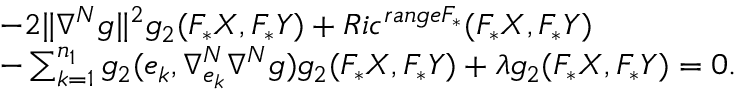
\begin{array} { l l } { - 2 \| \nabla ^ { N } g \| ^ { 2 } g _ { 2 } ( F _ { \ast } X , F _ { \ast } Y ) + R i c ^ { r a n g e F _ { \ast } } ( F _ { \ast } X , F _ { \ast } Y ) } \\ { - \sum _ { k = 1 } ^ { n _ { 1 } } g _ { 2 } ( e _ { k } , \nabla _ { e _ { k } } ^ { N } \nabla ^ { N } g ) g _ { 2 } ( F _ { \ast } X , F _ { \ast } Y ) + \lambda g _ { 2 } ( F _ { \ast } X , F _ { \ast } Y ) = 0 . } \end{array}